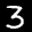
Label: 3